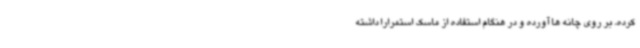
کرده، بر روی چانه ها آورده و در هنگام استفاده از ماسک استمرارا داشته